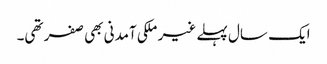
ایک سال پہلے غیر ملکی آمدنی بھی صفر تھی۔